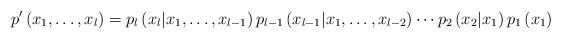
LaTeX: \begin{align*}p_{}^{\prime}\left( x_{1},\ldots,x_{l}\right) =p_{l}\left(x_{l}|x_{1},\ldots,x_{l-1}\right) p_{l-1}\left( x_{l-1}|x_{1},\ldots,x_{l-2}\right) \cdots p_{2}\left( x_{2}|x_{1}\right) p_{1}\left(x_{1}\right) \end{align*}